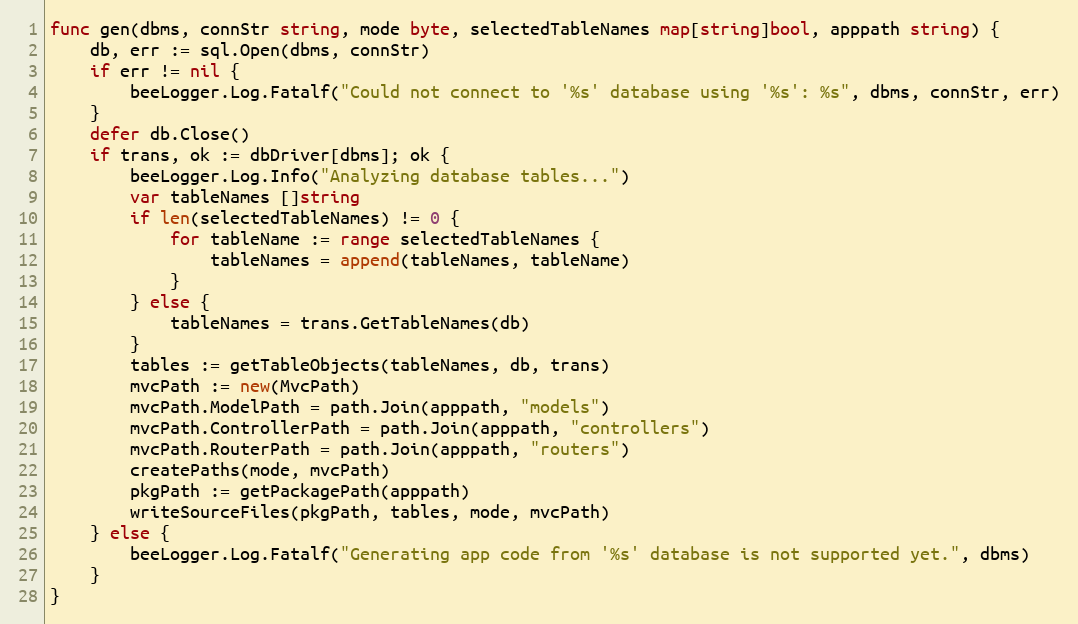
Language: Go
func gen(dbms, connStr string, mode byte, selectedTableNames map[string]bool, apppath string) {
	db, err := sql.Open(dbms, connStr)
	if err != nil {
		beeLogger.Log.Fatalf("Could not connect to '%s' database using '%s': %s", dbms, connStr, err)
	}
	defer db.Close()
	if trans, ok := dbDriver[dbms]; ok {
		beeLogger.Log.Info("Analyzing database tables...")
		var tableNames []string
		if len(selectedTableNames) != 0 {
			for tableName := range selectedTableNames {
				tableNames = append(tableNames, tableName)
			}
		} else {
			tableNames = trans.GetTableNames(db)
		}
		tables := getTableObjects(tableNames, db, trans)
		mvcPath := new(MvcPath)
		mvcPath.ModelPath = path.Join(apppath, "models")
		mvcPath.ControllerPath = path.Join(apppath, "controllers")
		mvcPath.RouterPath = path.Join(apppath, "routers")
		createPaths(mode, mvcPath)
		pkgPath := getPackagePath(apppath)
		writeSourceFiles(pkgPath, tables, mode, mvcPath)
	} else {
		beeLogger.Log.Fatalf("Generating app code from '%s' database is not supported yet.", dbms)
	}
}